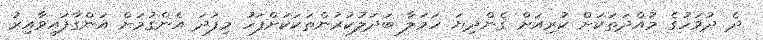
ދެ ދުވަހުގެ މުއްދަތަކަށް ކުރިއަށް ގެންދިޔަ ހަމަލާ ބަދަލުކުރުންތަކަކަށްފަހު މިފަދަ އެންގުމަށް އަންގާފައިވާއިރު